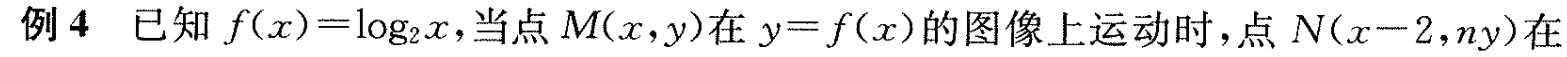
例4已知$$f ( x ) = \log _ { 2 } x$$，当点M(x，y)在$$y = f ( x )$$的图像上运动时，点N(x-2，ny)在